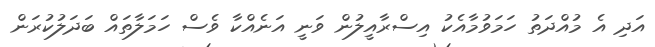
އަދި އެ މުއްދަތު ހަމަވުމާއެކު އިސްރާއީލުން ވަނީ އަނެއްކާ ވެސް ހަމަލާތައް ބަދަލުކުރަން